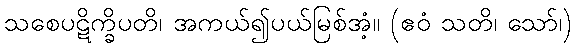
သစေပဋိက္ခိပတိ၊ အကယ်၍ပယ်မြစ်အံ့။ (ဧဝံ သတိ၊ သော်၊)